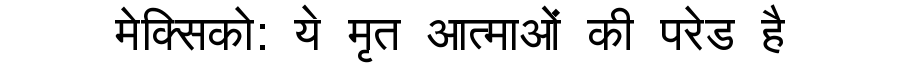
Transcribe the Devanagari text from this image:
मेक्सिको: ये मृत आत्माओं की परेड है